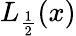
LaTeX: L_{\frac{1}{2}}(x)